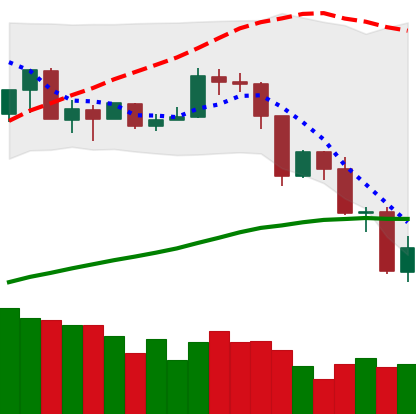
Ticker: TRX-USD
Chart end date: 2019-07-17
Forward return: 16.398%
Label: up_7plus